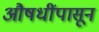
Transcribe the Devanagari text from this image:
औषधींपासून